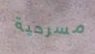
مسرحية